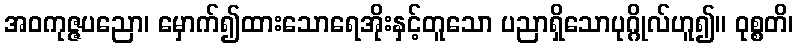
အဝကုဇ္ဇပညော၊ မှောက်၍ထားသောရေအိုးနှင့်တူသော ပညာရှိသောပုဂ္ဂိုလ်ဟူ၍။ ဝုစ္စတိ၊